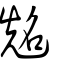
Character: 𠸜